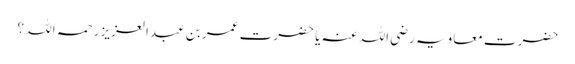
حضرت معاویہ رضی اللہ عنہ یا حضرت عمر بن عبد العزیز رحمہ اللہ ؟